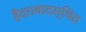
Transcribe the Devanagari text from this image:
हैदराबादस्थित